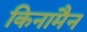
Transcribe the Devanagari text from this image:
किनामैन